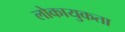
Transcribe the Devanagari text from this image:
लोकायुकता